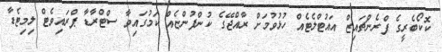
ކޮކޯބެރީގެ ފްރެންޗައިޒް އައުޓްލެޓެއް ހުޅުވުމަށް ރާއްޖޭގެ ކުންފުންޏެއް ކަމުގައިވާ ސްޓްރާޑާ ޕްރައިވެޓް ލިމިޓެޑާ